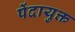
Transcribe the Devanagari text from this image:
पेंदायुक्त